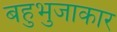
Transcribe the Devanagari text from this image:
बहुभुजाकार